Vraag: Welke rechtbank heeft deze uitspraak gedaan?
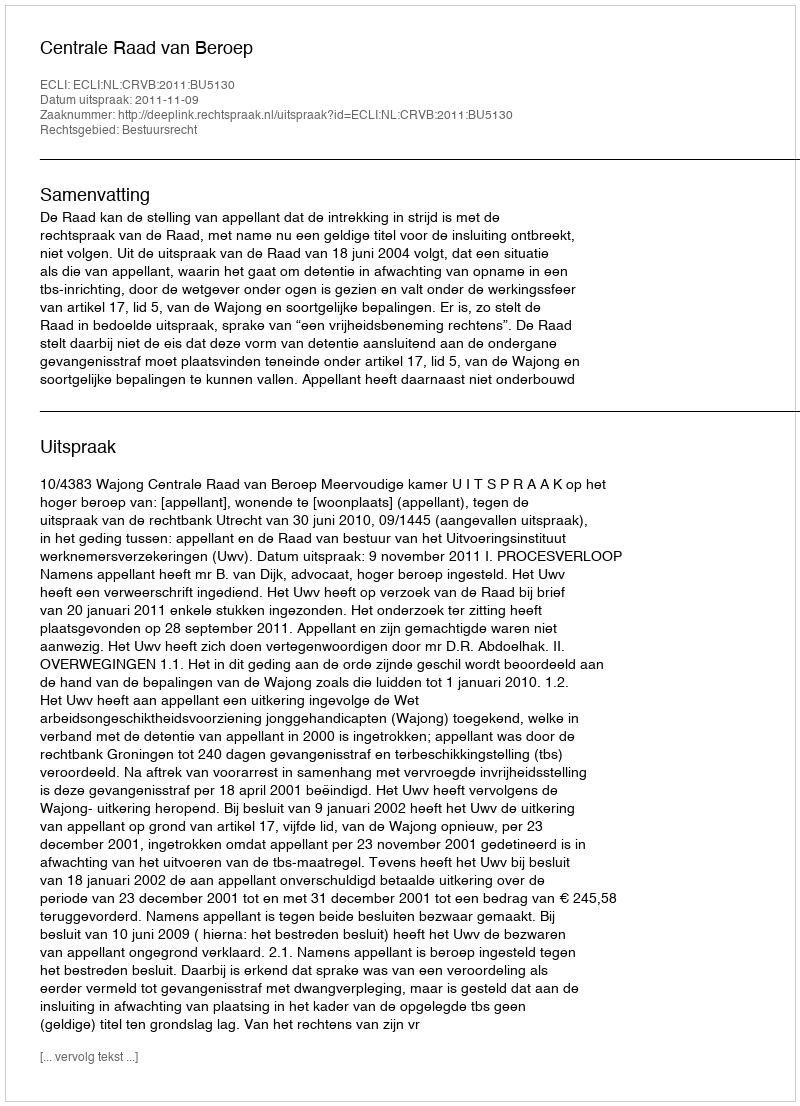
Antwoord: Centrale Raad van Beroep